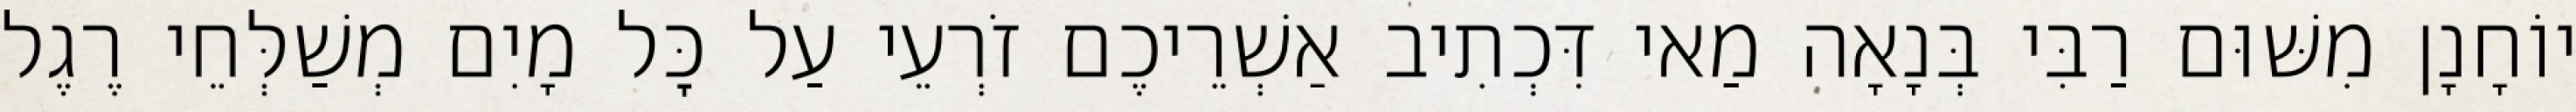
יוֹחָנָן מִשּׁוּם רַבִּי בְּנָאָה מַאי דִּכְתִיב אַשְׁרֵיכֶם זֹרְעֵי עַל כׇּל מָיִם מְשַׁלְּחֵי רֶגֶל